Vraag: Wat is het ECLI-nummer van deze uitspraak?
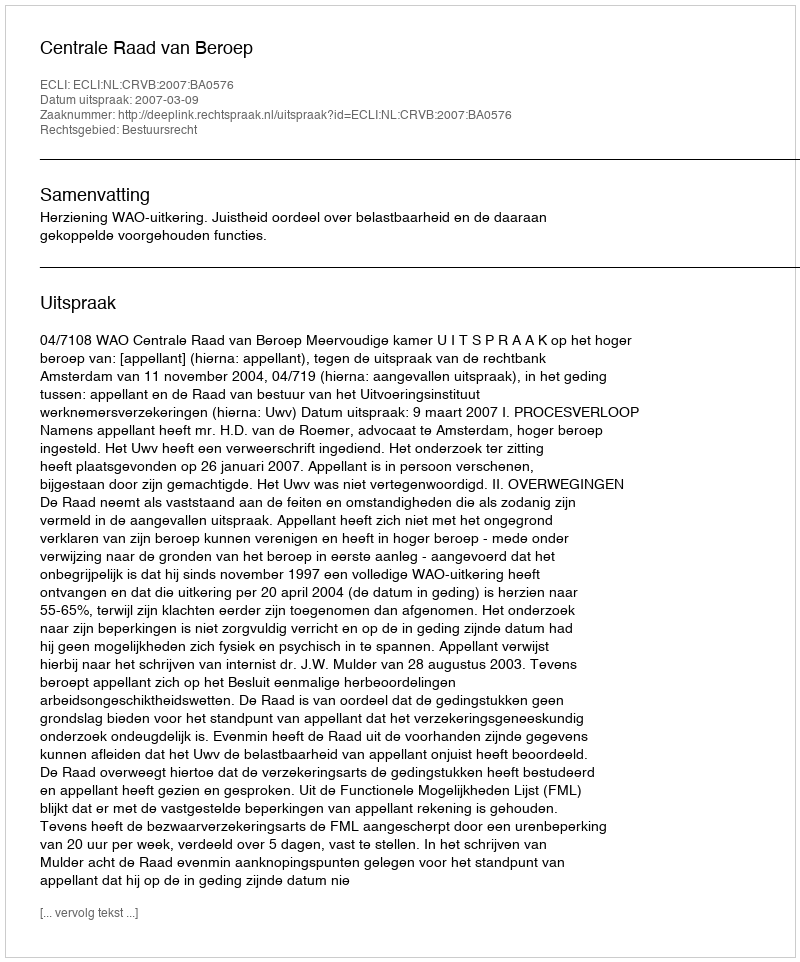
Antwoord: ECLI:NL:CRVB:2007:BA0576